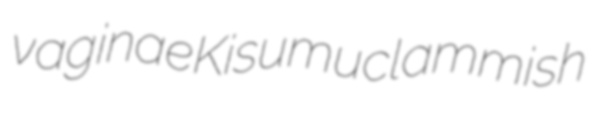
vaginae Kisumu clammish